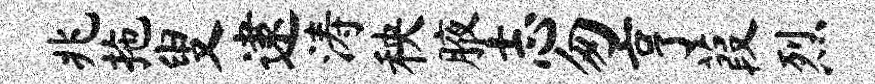
兆拖叟逮涛秧腋志匆亨葭烈